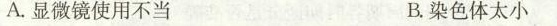
A.显微镜使用不当 B.染色体太小